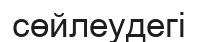
сөйлеудегі